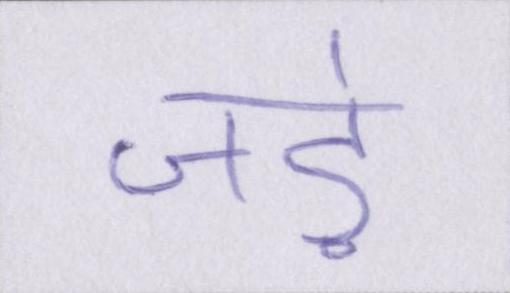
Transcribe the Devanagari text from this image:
जड़ें